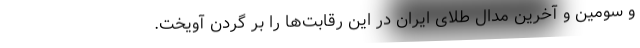
و سومین و آخرین مدال طلای ایران در این رقابت‌ها را بر گردن آویخت.